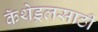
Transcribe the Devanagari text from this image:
कॅथेड्रलसाठी